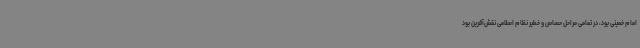
امام خمینی بود، در تمامی مراحل حساس و خطیر نظام اسلامی نقش‌آفرین بود